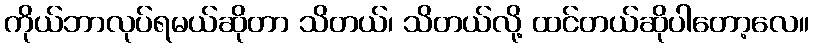
ကိုယ်ဘာလုပ်ရမယ်ဆိုတာ သိတယ်၊ သိတယ်လို့ ထင်တယ်ဆိုပါတော့လေ။